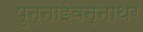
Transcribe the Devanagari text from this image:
पुन्नाईवन्नाथर